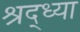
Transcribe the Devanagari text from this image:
श्रद्ध्या